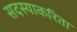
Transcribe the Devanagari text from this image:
सदस्याकरिता